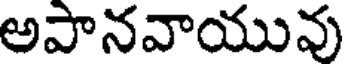
అపానవాయువు